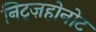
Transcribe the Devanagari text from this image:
निट्ज़होनोट